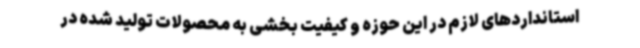
استانداردهای لازم در این حوزه و کیفیت بخشی به محصولات تولید شده در